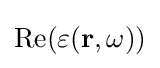
{\textstyle \operatorname {Re} (\varepsilon (\mathbf {r} ,\omega ))}